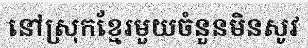
នៅស្រុកខ្មែរមួយចំនួនមិនសូវ